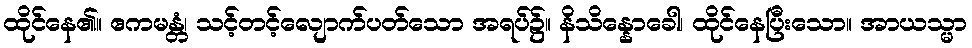
ထိုင်နေ၏။ ဧကမန္တံ၊ သင့်တင့်လျောက်ပတ်သော အရပ်၌။ နိသိန္နောခေါ၊ ထိုင်နေပြီးသော။ အာယသ္မာ